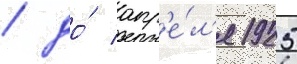
/ до́ апр'е́л'я 1925